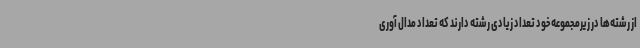
از رشته‌ها در زیرمجموعه خود تعداد زیادی رشته دارند که تعداد مدال آوری